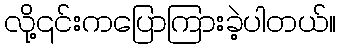
လို့၎င်းကပြောကြားခဲ့ပါတယ်။